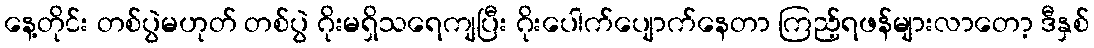
နေ့တိုင်း တစ်ပွဲမဟုတ် တစ်ပွဲ ဂိုးမရှိသရေကျပြီး ဂိုးပေါက်ပျောက်နေတာ ကြည့်ရဖန်များလာတော့ ဒီနှစ်